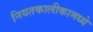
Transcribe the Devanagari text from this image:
नियतकालीकामध्ये